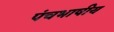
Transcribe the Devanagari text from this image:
पंचभाषीय